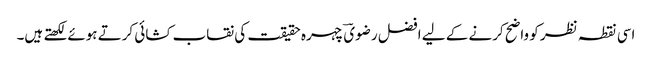
اسی نقطہ نظر کو واضح کرنے کے لیے افضل رضویؔ چہرہ حقیقت کی نقاب کشائی کرتے ہوئے لکھتے ہیں۔